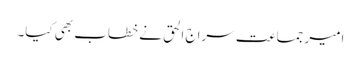
امیر جماعت سراج الحق نے خطاب بھی کیا۔